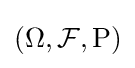
(\Omega ,{\mathcal {F}},\mathrm {P} )